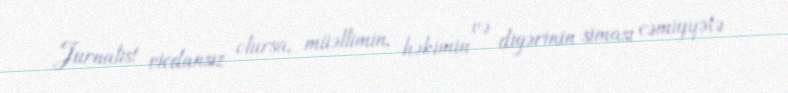
Jurnalist vicdansız olursa, müəllimin, həkimin və digərinin siması cəmiyyətə